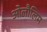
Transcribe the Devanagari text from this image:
ओलौलिम